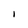
Character: I